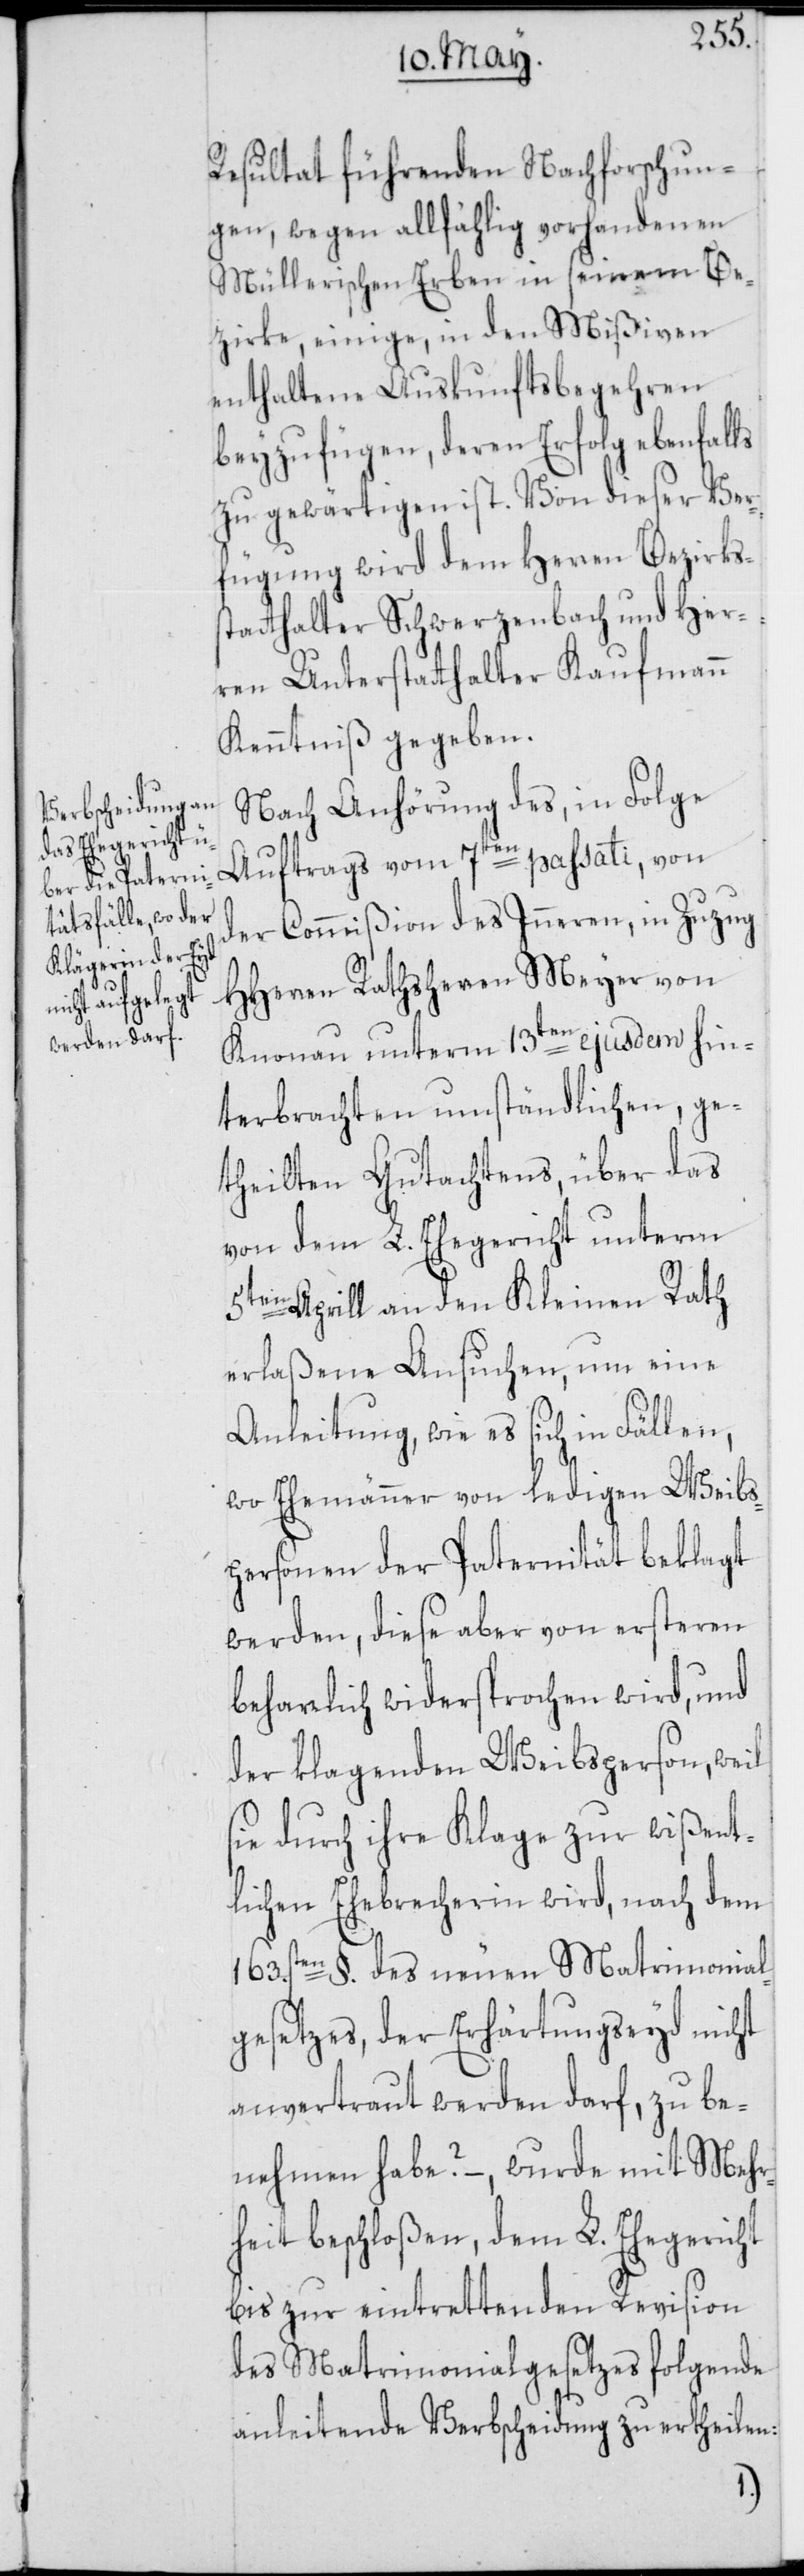
Resultat führenden Nachforschun¬
gen, wegen allfählig vorhandenen
Müllerischen Erben in seinem Be¬
zirke, einige, in den Mißiven
enthaltene Auskunftsbegehren
beyzufügen, deren Erfolg ebenfalls
zu gewärtigen ist. Von dieser Ver¬
fügung wird dem Herren Bezirks¬
statthalter Schwerzenbach und Her¬
ren Unterstatthalter Kaufmann
Kenntniß gegeben.
Nach Anhörung des, in Folge
Auftrags vom 7ten passati, von
der Commißion des Inneren, in Zuzug
HHerren Rathsherren Meyer von
Knonau unterm 13ten ejusdem hin¬
terbrachten umständlichen, ge¬
theilten Gutachtens, über das
von dem L. Ehegericht unterm
5ten Aprill an den Kleinen Rath
erlaßene Ansuchen, um eine
Anleitung, wie es sich in Fällen,
wo Ehemänner von ledigen Weibs¬
personen der Paternität beklagt
werden, diese aber von ersteren
beharrlich widersprochen wird, und
der klagenden Weibsperson, weil
sie durch ihre Klage zur wißent¬
lichen Ehebrecherin wird, nach dem
163sten. §. des neuen Matrimonial¬
gesetzes, der Erhärtungseyd nicht
anvertraut werden darf, zu be¬
nehmen habe? –, wurde mit Mehr¬
heit beschloßen, dem L. Ehegericht
bis zur eintrettenden Revision
des Matrimonialgesetzes folgende
anleitende Verbscheidung zu ertheilen: